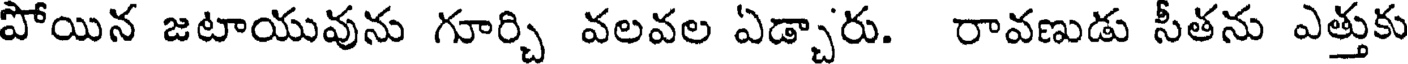
పోయిన జటాయువును గూర్చి వలవల ఏడ్చారు. రావణుడు సీతను ఎత్తుకు